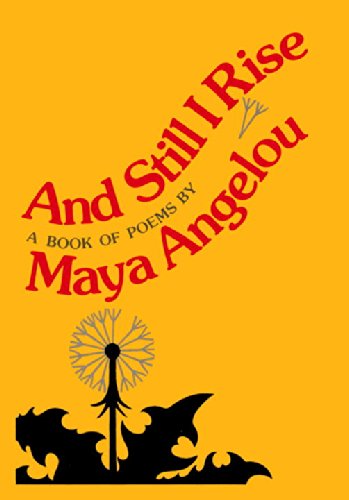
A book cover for And Still I Rise; Maya Angelou; Literature & Fiction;